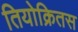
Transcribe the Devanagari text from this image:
तियोक्रितस